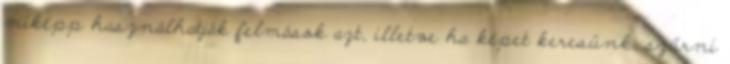
miképp használhatják felmások azt, illetve ha képet keresünk, szűrni